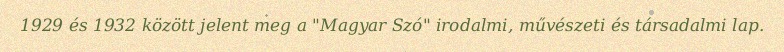
1929 és 1932 között jelent meg a "Magyar Szó" irodalmi, művészeti és társadalmi lap.